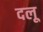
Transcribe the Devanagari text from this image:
दलू